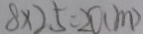
8 \times 2 . 5 = 2 0 0 ( m )